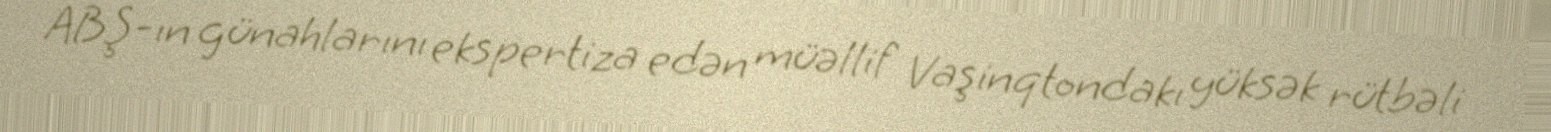
ABŞ-ın günahlarını ekspertiza edən müəllif Vaşinqtondakı yüksək rütbəli